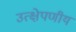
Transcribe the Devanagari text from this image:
उत्क्षेपणीय